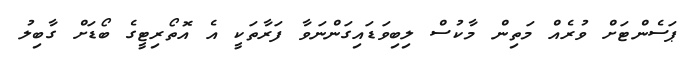
ޕަސެންޓަށް ވުރެއް މަތިން މާކުސް ލިބިވަޑައިގަންނަވާ ފަރާތަކީ އެ އޮތޯރިޓީގެ ބޯޑަށް ގާބިލު